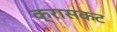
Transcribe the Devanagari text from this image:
क्रासकट